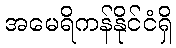
အမေရိကန်နိုင်ငံရှိ